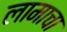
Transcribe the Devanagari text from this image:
लामाचा